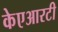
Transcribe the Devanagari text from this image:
केएआरटी